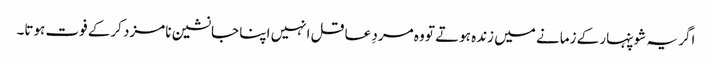
اگر یہ شوپنہار کے زمانے میں زندہ ہوتے تو وہ مردِ عاقل انہیں اپنا جانشین نامزد کرکے فوت ہوتا۔